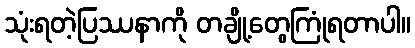
သုံးရတဲ့ပြဿနာကို တချို့တွေကြုံရတာပါ။